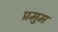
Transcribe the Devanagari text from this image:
प्रमुम